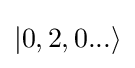
|0,2,0...\rangle